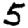
Digit: 5